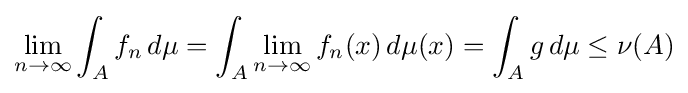
\lim _{n\to \infty }\int _{A}f_{n}\,d\mu =\int _{A}\lim _{n\to \infty }f_{n}(x)\,d\mu (x)=\int _{A}g\,d\mu \leq \nu (A)